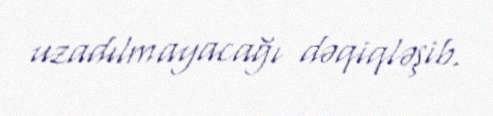
uzadılmayacağı dəqiqləşib.